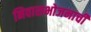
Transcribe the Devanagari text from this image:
निवासभोजनाची